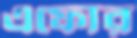
এফোর